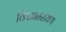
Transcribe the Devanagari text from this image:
विश्वनारायण